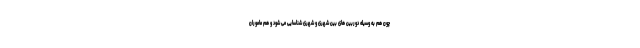
چون هم به وسیله دوربین های بین شهری و شهری شناسایی می شود و هم ماموران